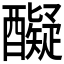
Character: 𮡇